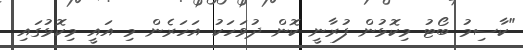
"ކާސިމު ބޯޓު މިކޮޅުން ފުރާނީ ކޮން ދުވަހަކު އަހަރެން މި އައީ މިކޮޅުގައި